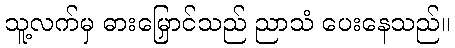
သူ့လက်မှ ဓားမြှောင်သည် ညာသံ ပေးနေသည်။